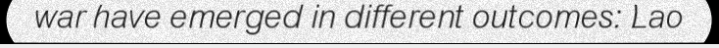
war have emerged in different outcomes: Lao